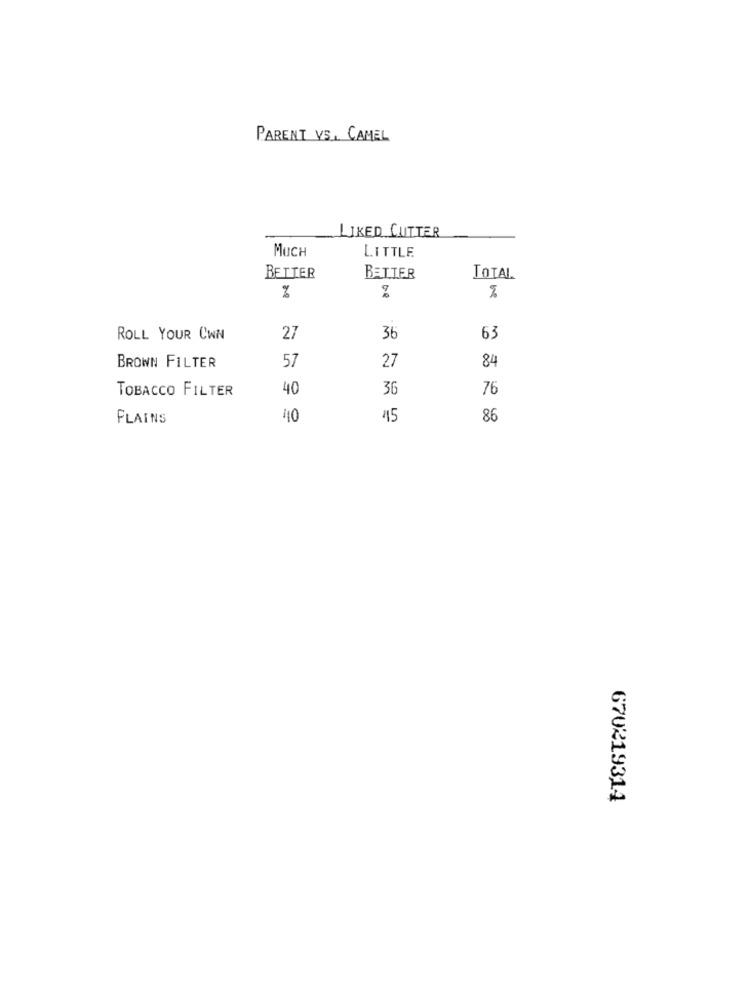
PARENT VS, CAMEL
LIKED CUTTER
MUCH
LITTLE
BETTER
BETTER
TOTAL
%
ROLL YOUR CWN
27
36
63
57
27
84
BROWN FILTER
TOBACCO FILTER
40
36
76
PLAINS
110
45
86
670219314